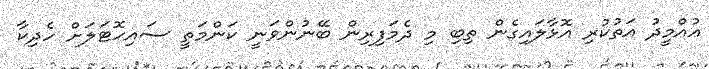
އުއްމީދު އަތުކުރި އޮޅާލައިގެން ތިބި މި ދެމަފިރިން ބޭނުންވަނީ ކަންމަތީ ސައިހޮޓަލަށް ހެދިކާ